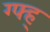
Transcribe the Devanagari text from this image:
ग्फ्ह्